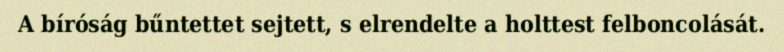
A bíróság bűntettet sejtett, s elrendelte a holttest felboncolását.